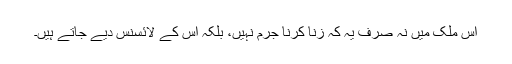
اس ملک میں نہ صرف یہ کہ زنا کرنا جرم نہیں، بلکہ اس کے لائسنس دیے جاتے ہیں۔